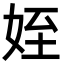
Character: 姪